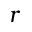
r